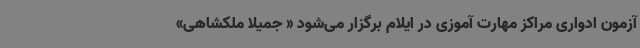
آزمون ادواری مراکز مهارت آموزی در ایلام برگزار می‌شود « جمیلا ملکشاهی»